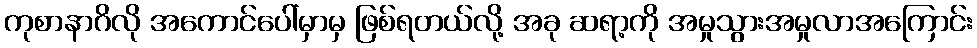
ကုစာနာဂိလို အကောင်ပေါ်မှာမှ ဖြစ်ရတယ်လို့ အခု ဆရာ့ကို အမှုသွားအမှုလာအကြောင်း